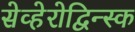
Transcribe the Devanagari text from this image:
सेव्हेरोद्विन्स्क